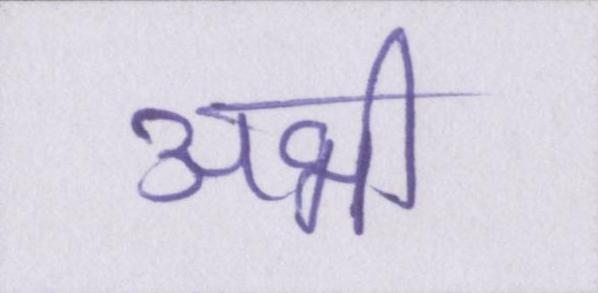
अभी